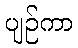
ပျဉ်ကာ